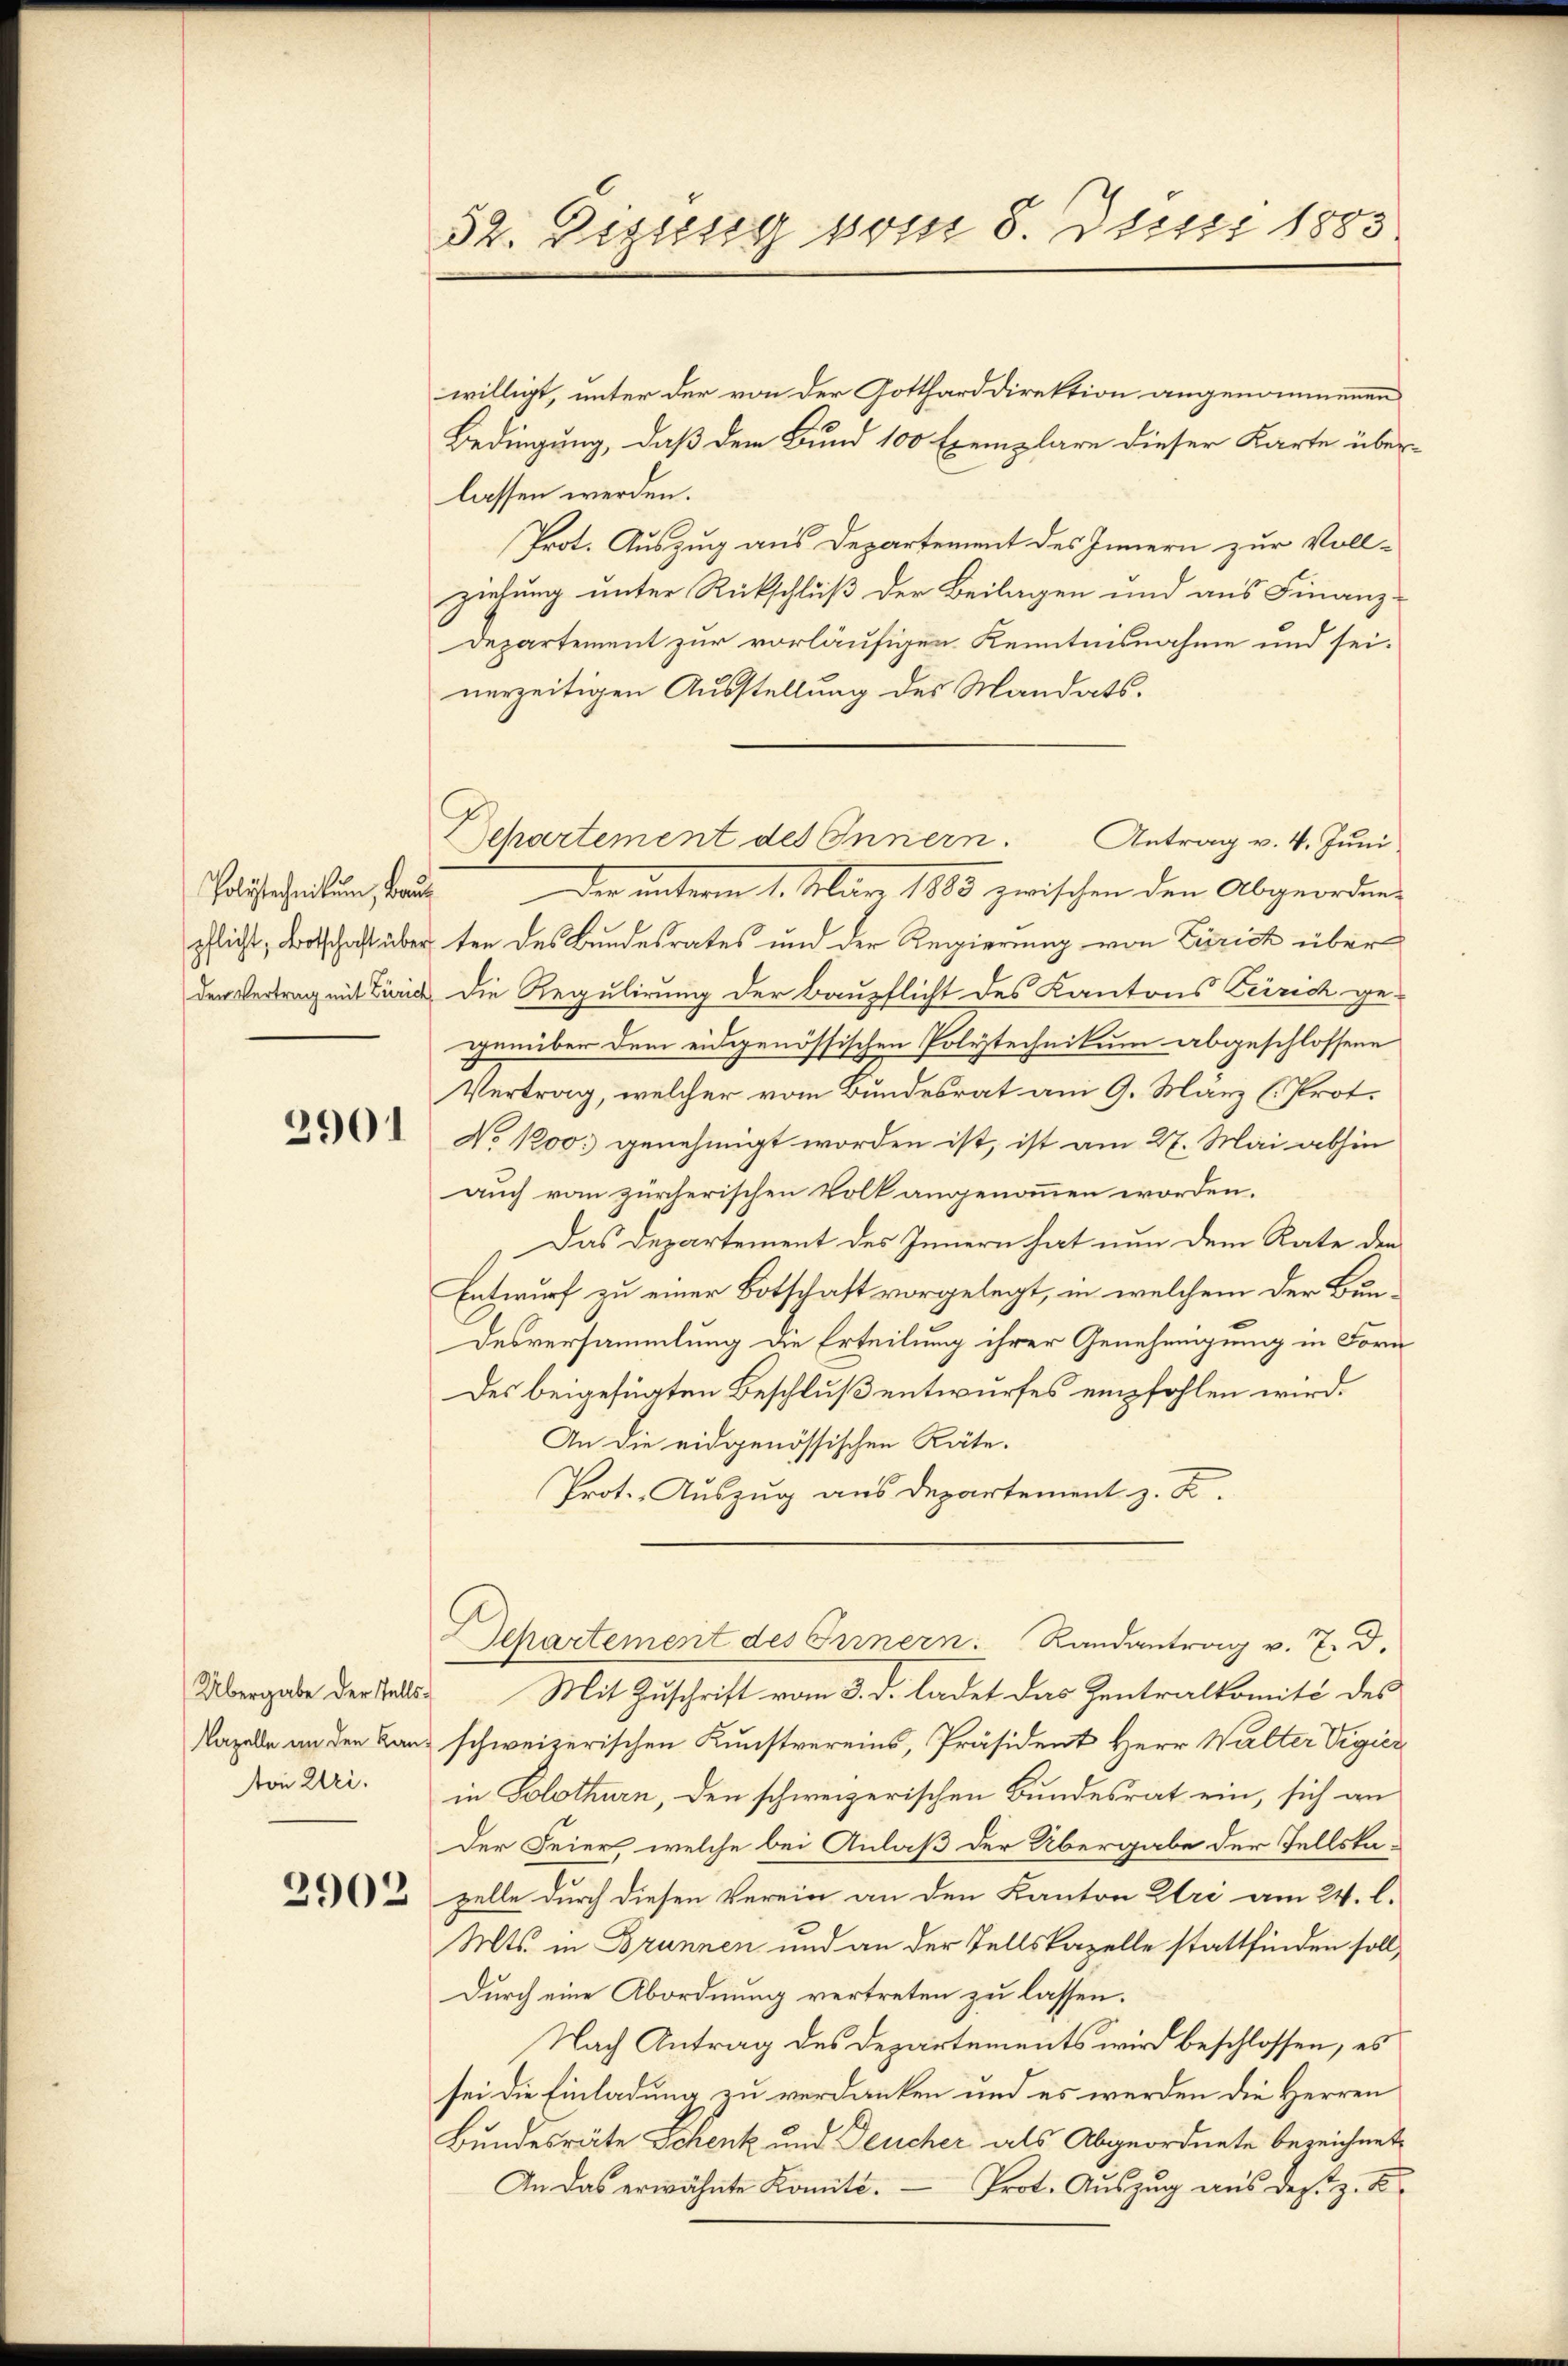
on Uri.

2902

52. Eigung vom 8. Juni 1883

willigt, unter der von der Gottharddirektion angenommenen
Bedingung, daß dem Bund 100 Exemplare dieser Karte über-
lassen werden.
Prot. Auszug aus Departement des Innern zur Voll-
ziehung unter Rückschluß der Beilagen und aus Finanz-
Departement zur vorläufigen Kenntnisnahme und sei.
nerzeitigen Ausstellung des Mandats¬
Holischeidung auch der unterm 1. März 1885 zwischen den Abgeordnepflicht, Botschaft über den des Bundesrates und der Regierung von Zürich über
der Vertrag mit Zürich die Regulirung der Baupflicht des Kantons Zürich ge-
genüber dem eidgenössischen Polytechnikum abgeschlossene
Vertrag, welcher vom Bundesrat am 9. März (Prot.
 No 1200. genehmigt worden ist, ist am 27. Mai abhin
auch vom zürcherischen Volk angenommen worden.
Das Departement des Innern hat nun dem Rate den
Entwurf zu einer Botschaft vorgelegt, in welchem der Bundesversammlung die Erteilung ihrer Genehmigung in Form
Des beigefügten Beschluß entwurfes empfohlen wird.
An die eidgenössischen Räte.
Prot. Auszug aus Departement z. B.
Departement des Innern. Randantrag v. 7. d.
Übergabe der Tals Mit Zuschrift vom 3. d. ladet das Zentralkomité des
Nazelle an den Kanz schweizerischen Kunstvereins, Präsident Herr Walter Vigier
in Solothurn, den schweizerischen Bundesrat ein, sich an
Der Feier welche bei Anlaß der Übergabe der Tellskazelle durch diesen Verein an den Kanton Uri am 24. l.
Mts. in Brunnen und an der Tellskapelle stattfinden soll,
Durch eine Abordnung vertreten zu lassen.
Nach Antrag des Departements wird beschlossen, es
sei die Einladung zu verdanken und es werden die Herren
Bundesräte Schenk und Feucher als Abgeordnete bereichnet
Prot. Auszug aus des z. B.
An das erwähnte Komite.

Departement des Innern. Antrag v. 4. Jŭni